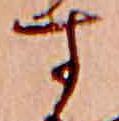
す